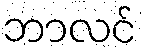
ဘာလင်